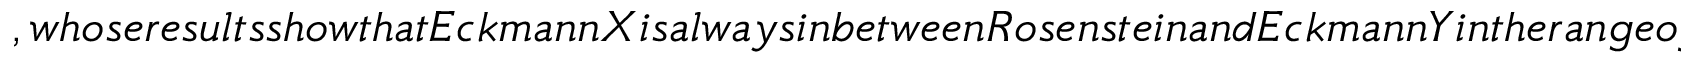
, w h o s e r e s u l t s s h o w t h a t E c k m a n n X i s a l w a y s i n b e t w e e n R o s e n s t e i n a n d E c k m a n n Y i n t h e r a n g e o f 1 . 5 < \mu _ { 0 } < 3 . 0 , F i g u r e